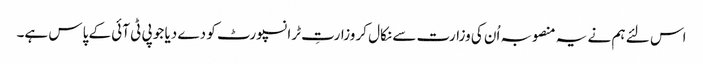
اس لئے ہم نے یہ منصوبہ اُن کی وزارت سے نکال کر وزارتِ ٹرانسپورٹ کو دے دیا جو پی ٹی آئی کے پاس ہے۔